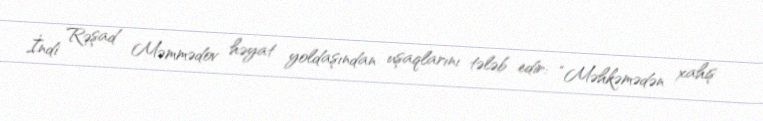
İndi Rəşad Məmmədov həyat yoldaşından uşaqlarını tələb edir: “Məhkəmədən xahiş